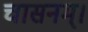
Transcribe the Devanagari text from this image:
चासनम्‌।